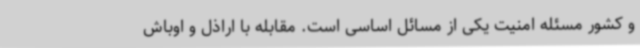
و کشور مسئله امنیت یکی از مسائل اساسی است. مقابله با اراذل و اوباش